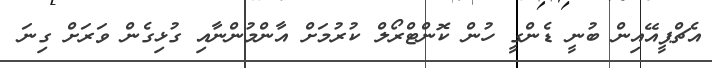
އެޗްޕީއޭއިން ބުނީ ޑެންގީ ހުން ކޮންޓްރޯލް ކުރުމަށް އާންމުންނާއި ގުޅިގެން ވަރަށް ގިނަ